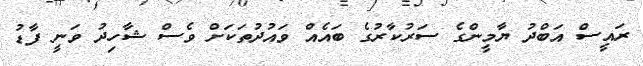
ރައީސް އަބްދު ޔާމީންގެ ސަރުކާރުގެ ބައެއް ވައުދުތަކަށް ވެސް ޝާހިދު ވަނީ ފާޑު